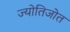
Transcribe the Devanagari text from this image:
ज्योतिजोत